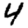
Digit: 4